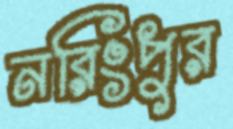
নরিংপুর